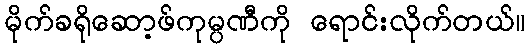
မိုက်ခရိုဆော့ဖ်ကုမ္ပဏီကို ရောင်းလိုက်တယ်။